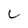
Character: C